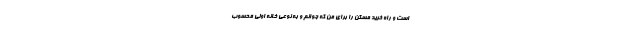
است و راه خرید مسکن را برای من که جوانم و به نوعی خانه اولی محسوب